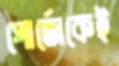
পোর্তোকেই